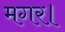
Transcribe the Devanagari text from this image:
मगर।